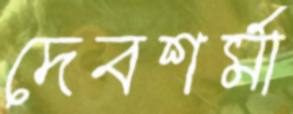
দেবশর্মা